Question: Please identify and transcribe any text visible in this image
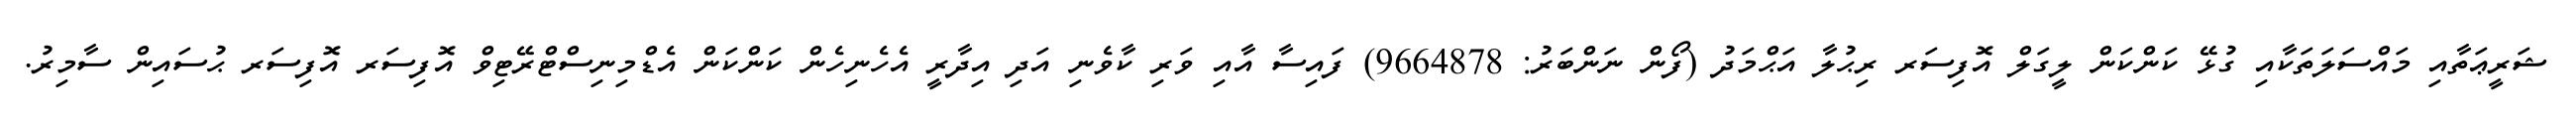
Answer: ޝަރީޢަތާއި މައްސަލަތަކާއި ގުޅޭ ކަންކަން ލީގަލް އޮފިސަރ ރިޙުލާ އަޙްމަދު (ފޯން ނަންބަރު: 9664878) ފައިސާ އާއި ވަރި ކާވެނި އަދި އިދާރީ އެހެނިހެން ކަންކަން އެޑްމިނިސްޓްރޭޓިވް އޮފިސަރ އޮފިސަރ ޙުސައިން ސާމިރު.